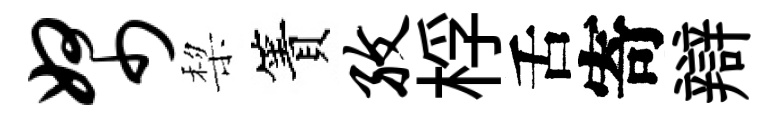
帑棃簀孜桴舌寄辯